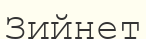
Зийнет